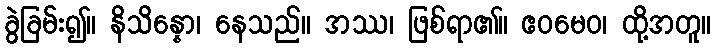
ခွဲခြမ်း၍။ နိသိန္နော၊ နေသည်။ အဿ၊ ဖြစ်ရာ၏။ ဧဝမေဝ၊ ထို့အတူ။